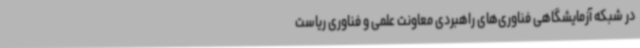
در شبکه آزمایشگاهی فناوری‌های راهبردی معاونت علمی و فناوری ریاست